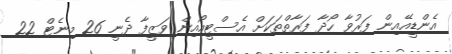
އެންޑީއޭއިން ފަރުވާ ހޯދާ ފަރާތްތަކަށް އެސްޓީއޯއިން ވަޒީފާ ދެނީ 26 މިނެޓް 22